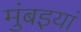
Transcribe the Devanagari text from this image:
मुंबइयां